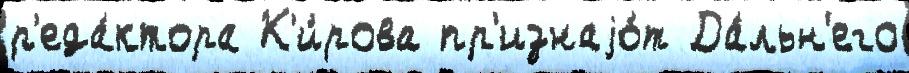
р'еда́ктора К'и́рова пр'изнаjо́т Да́льн'его